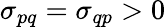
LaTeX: \sigma_{pq}=\sigma_{qp}>0